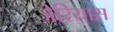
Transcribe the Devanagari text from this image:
जेरियास